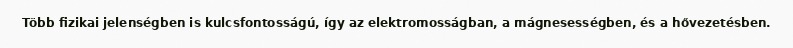
Több fizikai jelenségben is kulcsfontosságú, így az elektromosságban, a mágnesességben, és a hővezetésben.